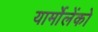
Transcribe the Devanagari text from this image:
यार्मोलेंको